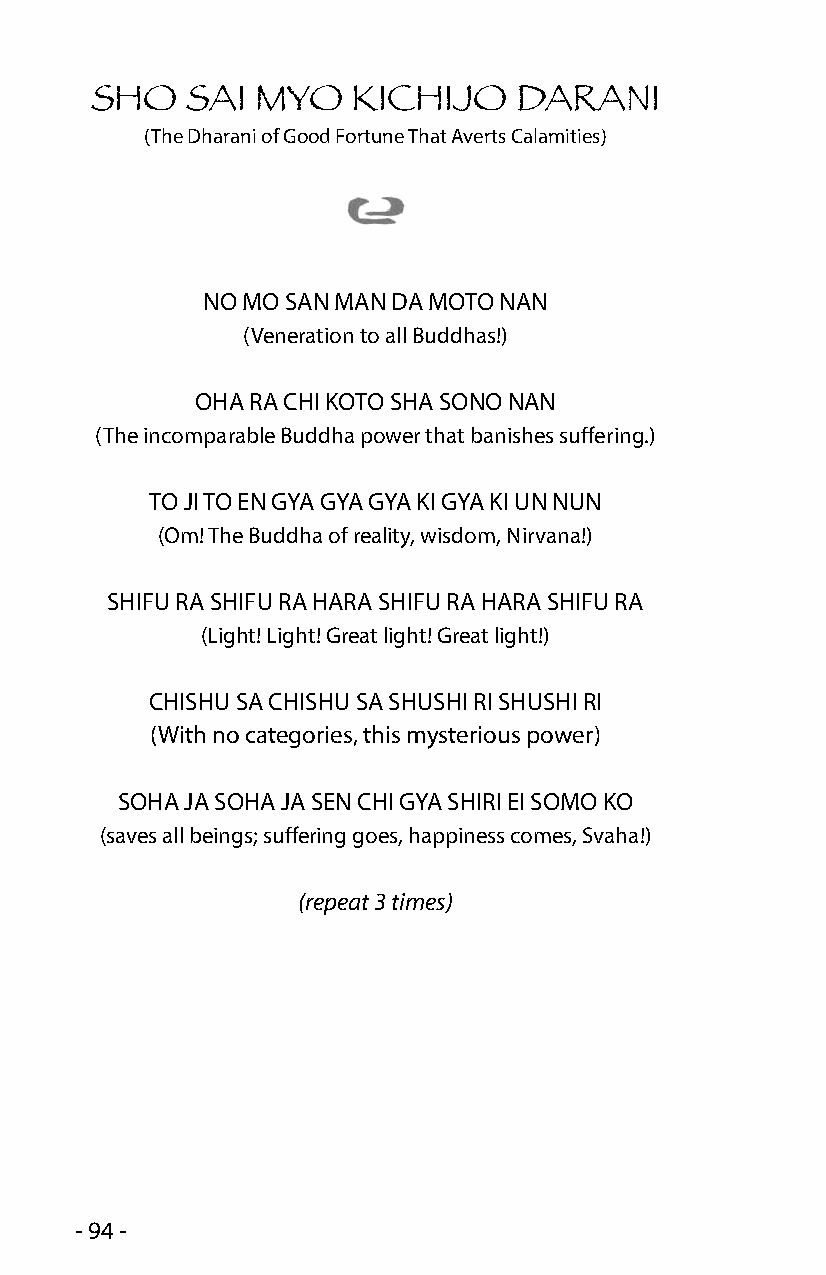
SHO   SAI  MYO   KICHIJO    DARANI
 (The Dharani of Good Fortune That Averts Calamities)
 NO MO SAN MAN DA MOTO NAN
 (Veneration to all Buddhas!)
 OHA RA CHI KOTO SHA SONO NAN
 (The incomparable Buddha power that banishes suffering.)
 TO JI TO EN GYA GYA GYA KI GYA KI UN NUN
 (Om! The Buddha of reality, wisdom, Nirvana!)
 SHIFU RA SHIFU RA HARA SHIFU RA HARA SHIFU RA
 (Light! Light! Great light! Great light!)
 CHISHU SA CHISHU SA SHUSHI RI SHUSHI RI
 (With no categories, this mysterious power)
 SOHA JA SOHA JA SEN CHI GYA SHIRI EI SOMO KO
 (saves all beings; suffering goes, happiness comes, Svaha!)
 (repeat 3 times)
 - 94 -